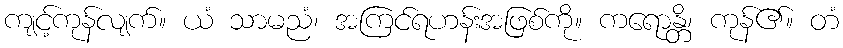
ကျင့်ကုန်လျက်။ ယံ သာမညံ၊ အကြင်ရဟန်းအဖြစ်ကို။ ကရောန္တိ၊ ကုန်၏။ တံ